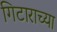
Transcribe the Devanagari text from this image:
गिटाराच्या